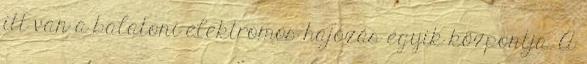
itt van a balatoni elektromos hajózás egyik központja. A